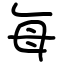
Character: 每